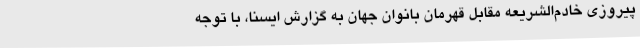
پیروزی خادم‌الشریعه مقابل قهرمان بانوان جهان به گزارش ایسنا، با توجه